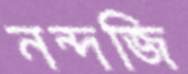
নন্দজি